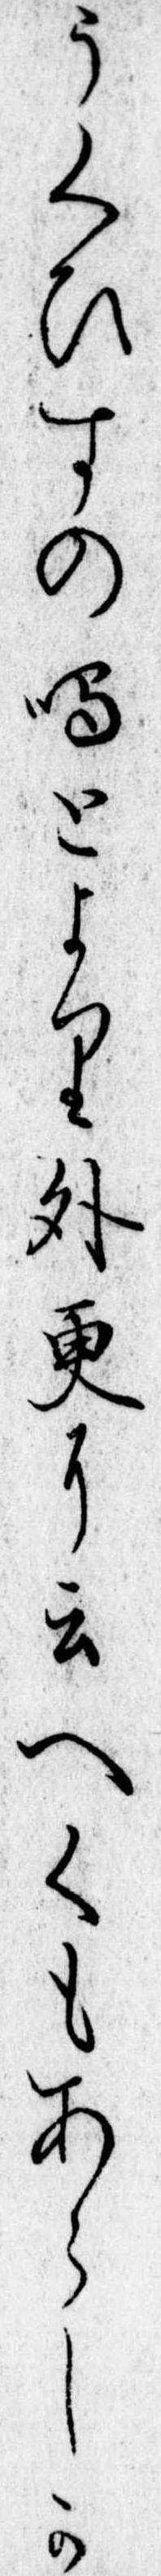
うくひすの鳴とより外更に云へくもあらしか